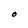
Character: O